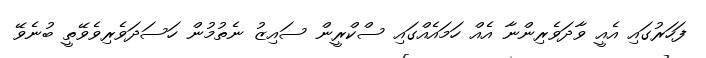
ފަހަރުގައި އެއީ ވާދަވެރިންނާ އެއް ހަމައެއްގައި ސްކްރީން ސައިޒު ނެތުމުން ހަސަދަވެރިވެވޭތީ ބުނެވޭ